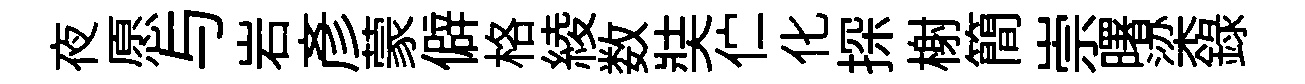
夜愿与岩彥蒙僻格綾数奘伫化探榭簡崇曙梁錄